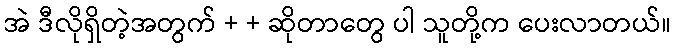
အဲ ဒီလိုရှိတဲ့အတွက် + + ဆိုတာတွေ ပါ သူတို့က ပေးလာတယ်။